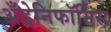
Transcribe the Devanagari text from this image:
अँड्रेनिफॉर्मिस